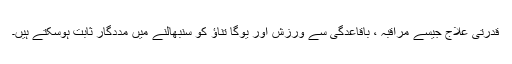
قدرتی علاج جیسے مراقبہ ، باقاعدگی سے ورزش اور یوگا تناؤ کو سنبھالنے میں مددگار ثابت ہوسکتے ہیں۔